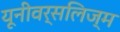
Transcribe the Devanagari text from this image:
यूनीवर्सलिज्म